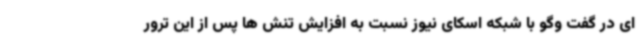
ای در گفت وگو با شبکه اسکای نیوز نسبت به افزایش تنش ها پس از این ترور